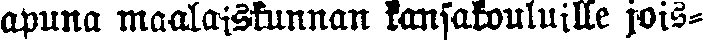
apuna maalaiskunnan kansakouluille jois-